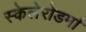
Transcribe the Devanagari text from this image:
स्केलेरोडर्मा